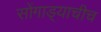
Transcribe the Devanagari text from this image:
सोंगाड्याचीच